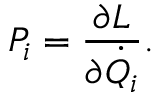
P _ { i } = { \frac { \partial L } { \partial { \dot { Q } } _ { i } } } .